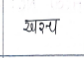
मजकूर: खरच